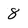
Character: 8